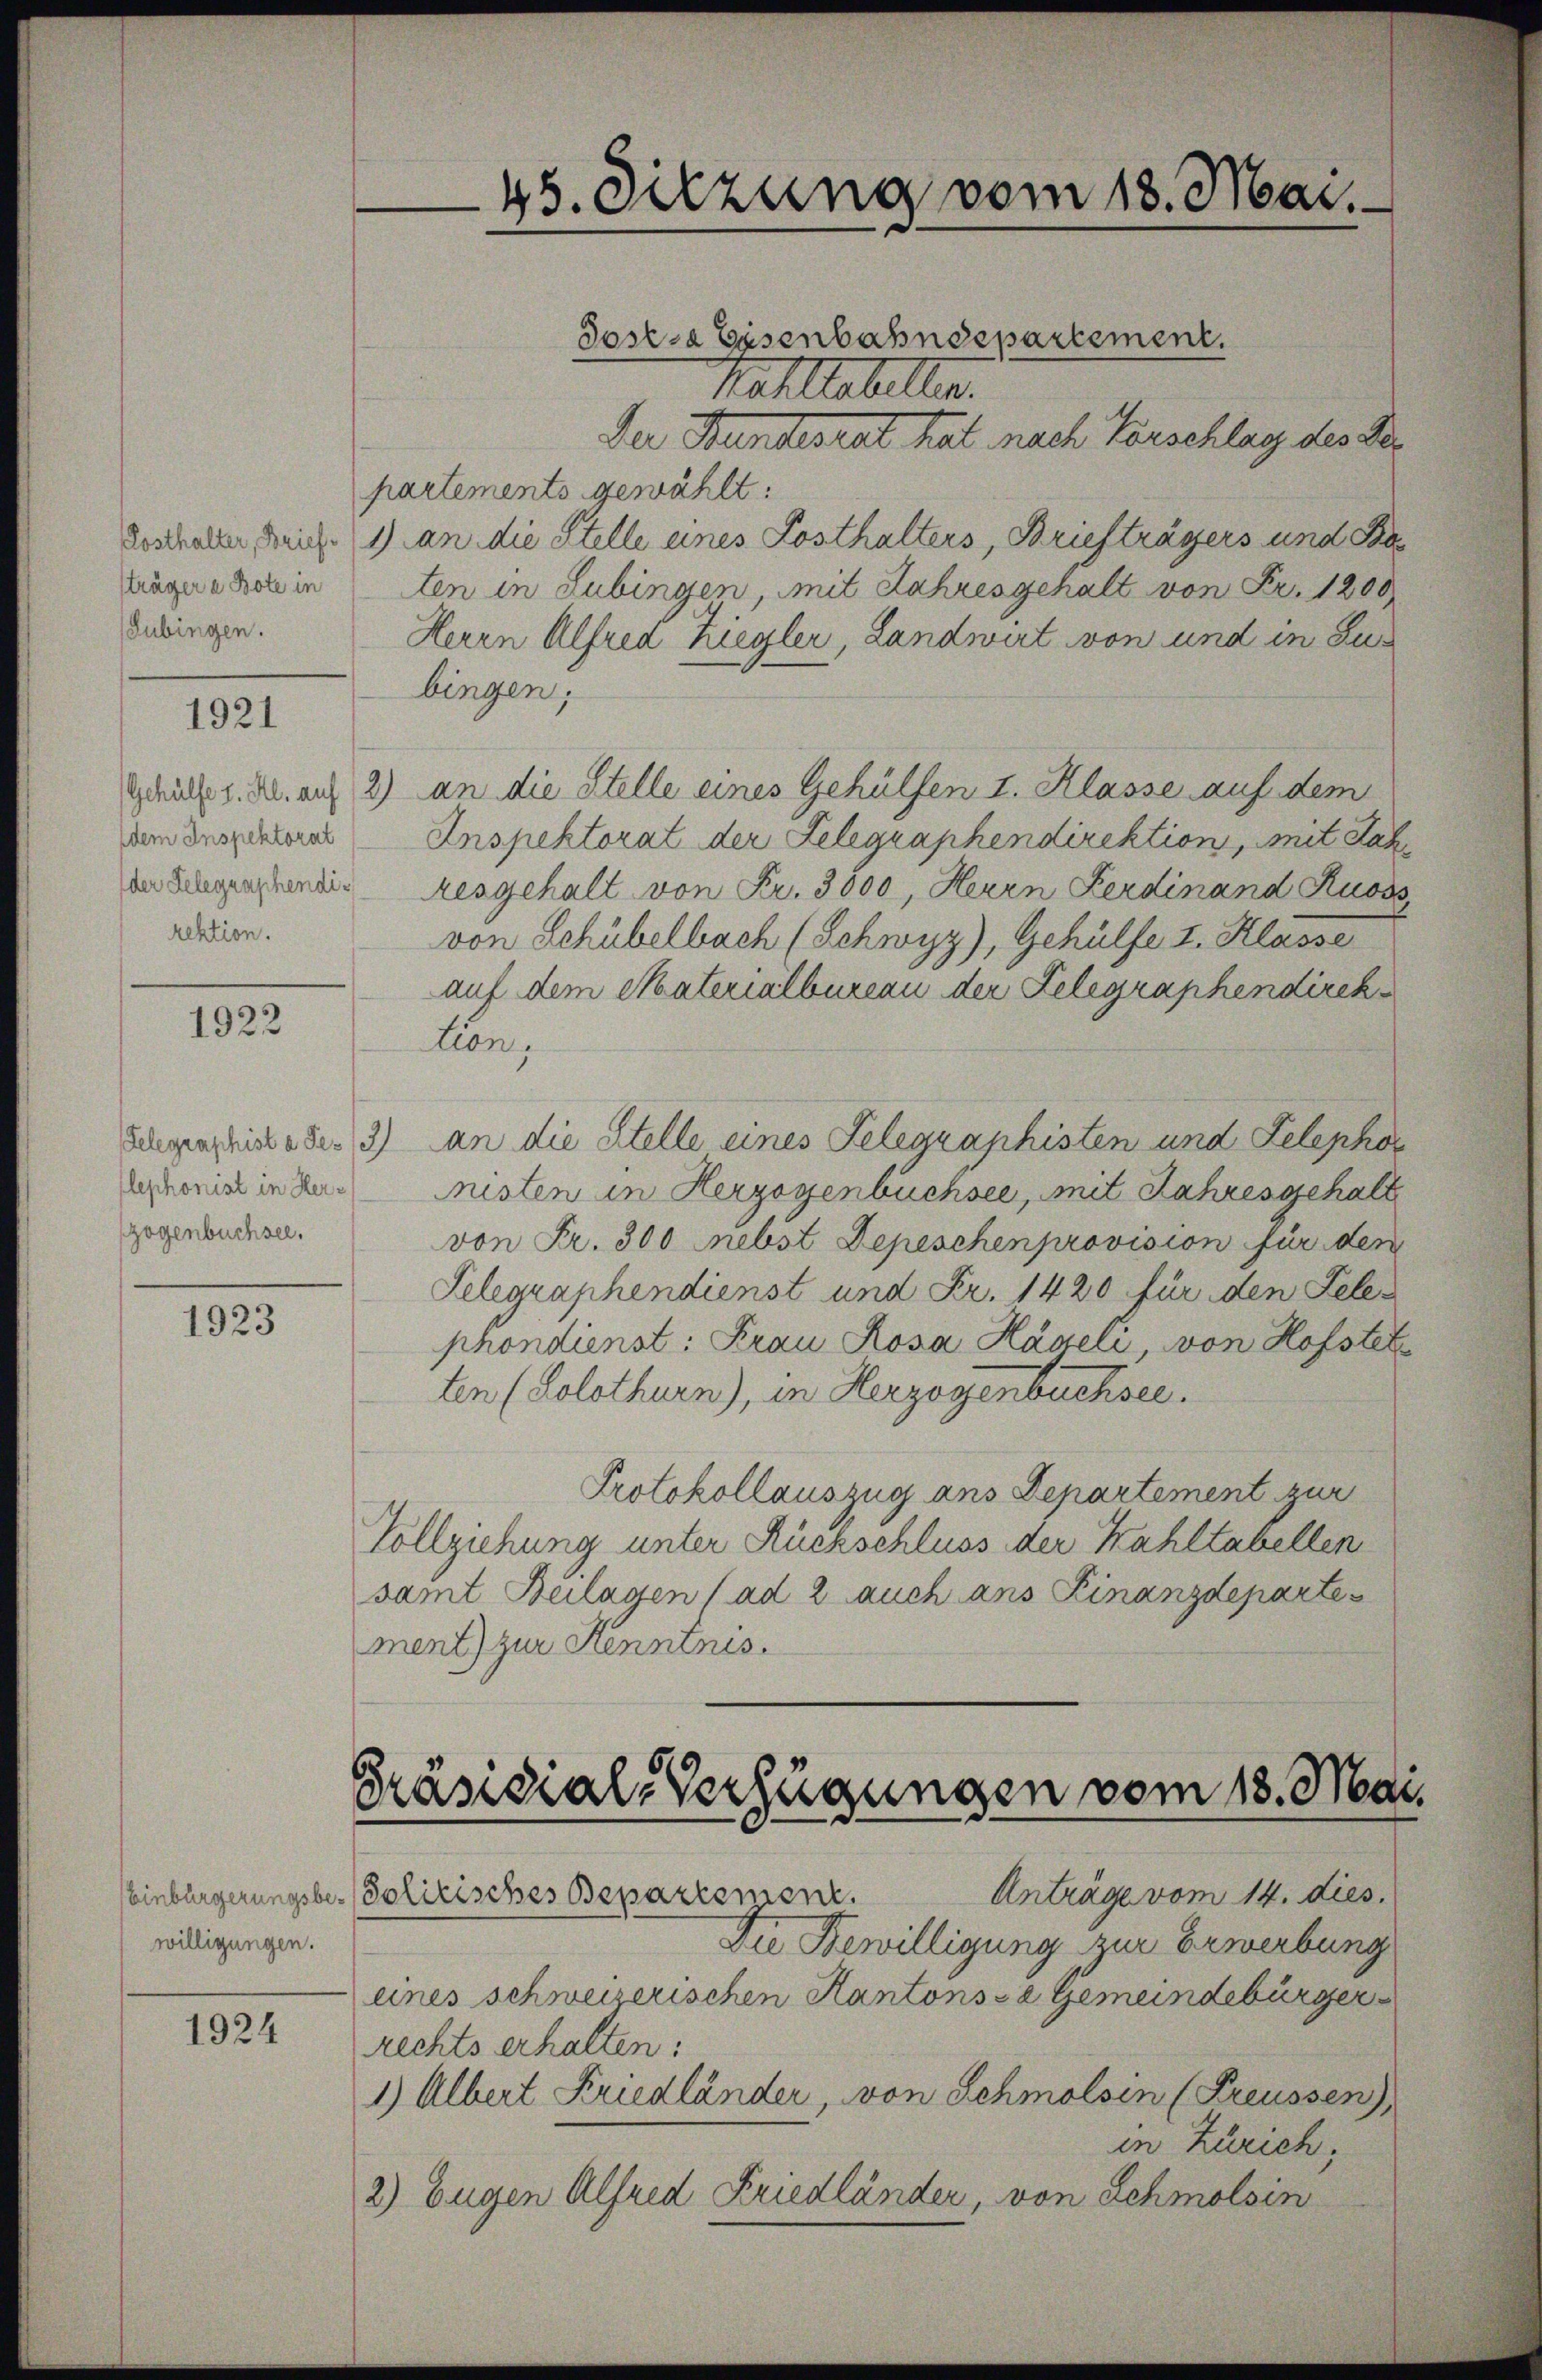
sträger a Bote in
Gubingen.

1921

dem Inspektorat
rektion.

1922

Elephonist in Herzogenbüchsee.

1923

Einbürgerungsbewilligungen.

1924

Sostra Eisenbahndepartement.
Kahlabellen.
Der Hundesrat hat nach Vorschlag des Dor
partements gewählt:
dortialen Reich. 1) an die Stelle eines Posthalters, Briefträgers und Ba
ten in Lubingen, mit Jahresgehalt von Fr. 1200
Herrn Alfred Ziegler, Landwirt von und in Zubingen;
Gruk z. B. auf 2) an die Stelle eines Gehülfen I. Klasse auf dem
Inspektorat der Telegraphendirektion, mit Jahin Liegenzende Aesgehalt von Fr. 3000, Herrn Ferdinand Ruoss
von Schübelbach (Schwyz), Gehülfe I. Klasse
auf dem Materialbureau der Telegraphendirek
tion,
Lungen hinte Se. 3) an die Stelle eines Telegraphisten und Telephon
nisten in Herzogenbüchsee, mit Jahresgehalt
von Fr. 300 nebst Depeschenprovision für den
Telegraphendienst und Fr. 1420 für den Feler
phondienst: Frau Rosa Hägeli, von Hofstelten (Solothurn), in Herzogenbuchsee.
Protokollauszug ans Departement zur
Vollziehung unter Rückschluss der Wahltabellen
samt Beilagen (ad 2 auch ans Finanzdeparte
ment) zur Kenntnis.

45. Sitzung vom 18. Mai.

Präsidial-Verfügungen vom 18. Mai.

Anträge vom 14. dies.
Solitisches Bepartement.
Die Bewilligung zur Erwerbung
eines schweizerischen Kantonsre Gemeindebürger
rechts erhalten:
1) Albert Friedländer, von Schmolsin (Preussen)
in Zürich,
2) Eugen Alfred Friedländer, von Schmolsin